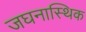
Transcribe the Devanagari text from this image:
जघनास्थिक